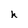
Character: h